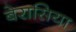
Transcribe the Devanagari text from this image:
बेरासिया